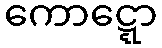
ကောဋ္ဋော